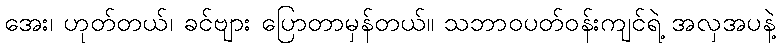
အေး၊ ဟုတ်တယ်၊ ခင်ဗျား ပြောတာမှန်တယ်။ သဘာဝပတ်ဝန်းကျင်ရဲ့ အလှအပနဲ့